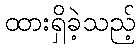
ထားရှိခဲ့သည့်